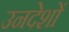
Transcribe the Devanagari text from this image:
उनदेशों